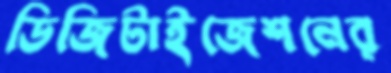
ডিজিটাইজেশনের